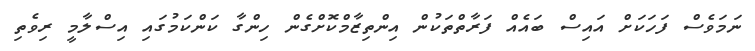
ނަމަވެސް ފަހަކަށް އައިސް ބައެއް ފަރާތްތަކުން އިންތިޒާމްކޮށްގެން ހިންގާ ކަންކަމުގައި އިސްލާމީ ރިވެތި